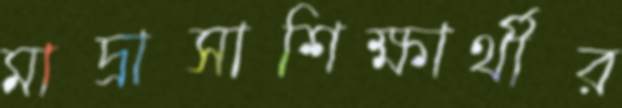
মাদ্রাসাশিক্ষার্থীর